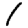
Digit: 1